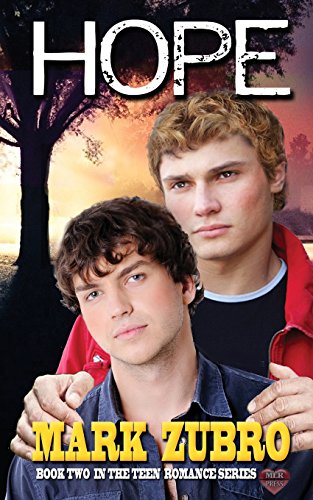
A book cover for Hope; Mark Zubro; Romance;